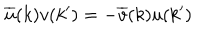
\overline { { { u } } } ( k ) v ( k ^ { \prime } ) = - \overline { { { v } } } ( k ) u ( k ^ { \prime } )